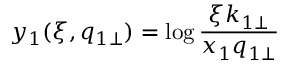
y _ { 1 } ( \xi , q _ { 1 \perp } ) = \log \frac { \xi k _ { 1 \perp } } { x _ { 1 } q _ { 1 \perp } }